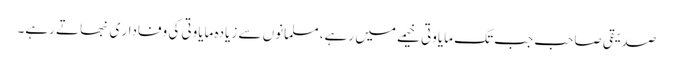
صدیقی صاحب جب تک مایاوتی خیمے میں رہے، مسلمانوں سے زیادہ مایاوتی کی وفادار ی نبھاتے رہے۔